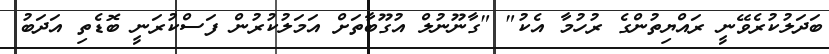
ބަދަލުކުރެވޭނީ ރައްޔިތުންގެ ރުހުމާ އެކު" "ގާނޫނުލް އުގޫބާތަށް އަމަލުކުރުން ފަސްކުރަނީ ބޮޑެތި އަދަބު